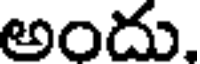
అందు,